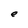
Character: e